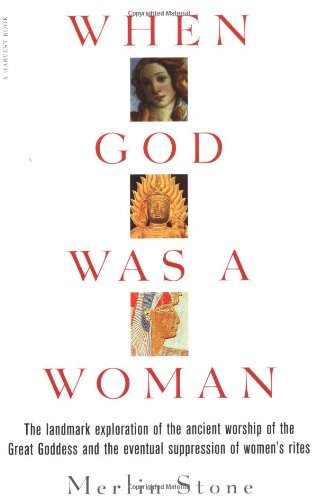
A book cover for When God Was a Woman; Merlin Stone; Religion & Spirituality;